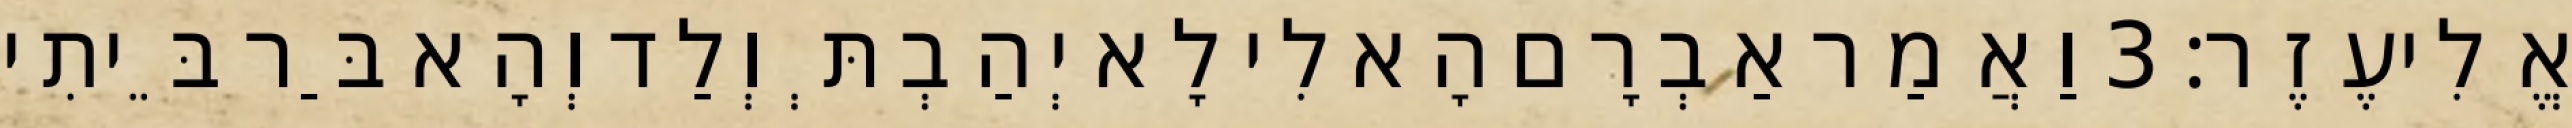
אֱלִיעֶזֶר׃ 3 וַאֲמַר אַבְרָם הָא לִי לָא יְהַבְתְּ וְלַד וְהָא בַּר בֵּיתִי